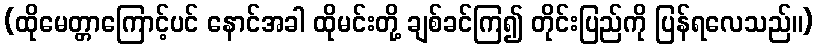
(ထိုမေတ္တာကြောင့်ပင် နောင်အခါ ထိုမင်းတို့ ချစ်ခင်ကြ၍ တိုင်းပြည်ကို ပြန်ရလေသည်။)